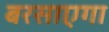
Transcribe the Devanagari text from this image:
बरसाएगा